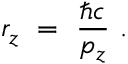
r _ { z } \ = \ \frac { \hbar c } { p _ { z } } \ .